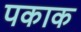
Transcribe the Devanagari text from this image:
पकाक